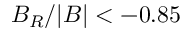
B _ { R } / | B | < - 0 . 8 5